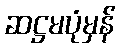
ဆဋ္ဌမပုံမှန်